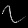
Digit: ၇